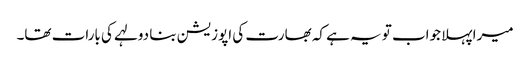
میرا پہلا جواب تو یہ ہے کہ بھارت کی اپوزیشن بنا دولہے کی بارات تھا۔